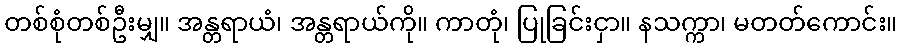
တစ်စုံတစ်ဦးမျှ။ အန္တရာယံ၊ အန္တရာယ်ကို။ ကာတုံ၊ ပြုခြင်းငှာ။ နသက္ကာ၊ မတတ်ကောင်း။